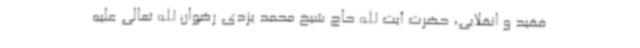
فقید و انقلابی، حضرت آیت الله حاج شیخ محمد یزدی رضوان الله تعالی علیه